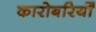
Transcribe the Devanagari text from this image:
कारोबरियोँ